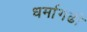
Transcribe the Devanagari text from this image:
धर्मागढी